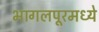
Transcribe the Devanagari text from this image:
भागलपूरमध्ये